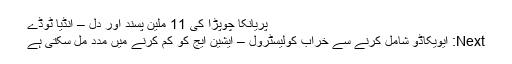
پریانکا چوپڑا کی 11 ملین پسند اور دل – انڈیا ٹوڈے
Next: ایویکاڈو شامل کرنے سے خراب کولیسٹرول – ایشین ایج کو کم کرنے میں مدد مل سکتی ہے